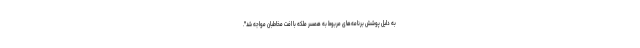
به دلیل پوشش برنامه‌های مربوط به همسر ملکه با افت مخاطبان مواجه شد".